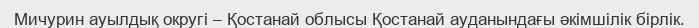
Мичурин ауылдық округі – Қостанай облысы Қостанай ауданындағы әкімшілік бірлік.